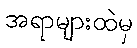
အရာများထဲမှ